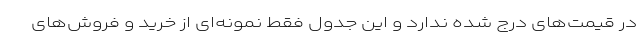
در قیمت‌های درج‌ شده ندارد و این جدول فقط نمونه‌ای از خرید و فروش‌های